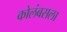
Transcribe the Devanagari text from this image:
कोलंबसला